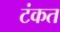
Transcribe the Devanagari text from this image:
टंकत